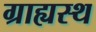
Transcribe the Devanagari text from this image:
ग्राह्यस्थ